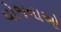
યોજનાઓ